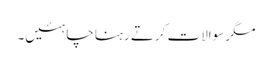
مگر سوالات کرتے رہنا چاہئیں۔